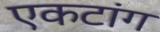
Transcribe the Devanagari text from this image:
एकटांग